Insane asylums in Bengal annual reports 1867-1875 - 1867-1875
Year: 1867
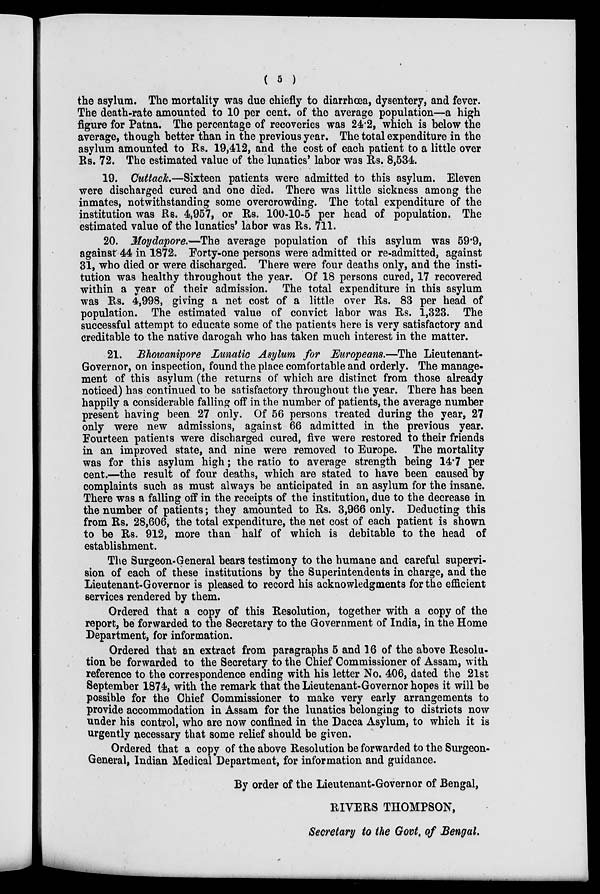
( 5 )
the asylum. The mortality was due chiefly to diarrhœa, dysentery, and fever.
The death-rate amounted to 10 per cent. of the average population—a high
figure for Patna. The percentage of recoveries was 24.2, which is below the
average, though better than in the previous year. The total expenditure in the
asylum amounted to Rs. 19,412, and the cost of each patient to a little over
Rs. 72. The estimated value of the lunatics' labor was Rs. 8,534
19. Cuttack.—Sixteen patients were admitted to this asylum. Eleven
were discharged cured and one died. There was little sickness among the
inmates, notwithstanding some overcrowding. The total expenditure of the
institution was Rs. 4,957, or Rs. 100-10-5 per head of population. The
estimated value of the lunatics' labor was Rs. 711.
20. Moydapore.—The average population of this asylum was 59.9,
against 44 in 1872. Forty-one persons were admitted or re-admitted, against
31, who died or were discharged. There were four deaths only, and the insti-
tution was healthy throughout the year. Of 18 persons cured, 17 recovered
within a year of their admission. The total expenditure in this asylum
was Rs. 4,998, giving a net cost of a little over Rs. 83 per head of
population. The estimated value of convict labor was Rs. 1,323. The
successful attempt to educate some of the patients here is very satisfactory and
creditable to the native darogah who has taken much interest in the matter.
21.
Bhwanipore Lunatic Asylum for Europeans.—The Lieutenant-
Governor, on inspection, found the place comfortable and orderly. The manage-
ment of this asylum (the returns of which are distinct from those already
noticed) has continued to be satisfactory throughout the year. There has been
happily a considerable falling off in the number of patients, the average number
present having been 27 only. Of 56 persons treated during the year, 27
only were new admissions, against 66 admitted in the previous year.
Fourteen patients were discharged cured, five were restored to their friends
in an improved state, and nine were removed to Europe. The mortality
was for this asylum high; the ratio to average strength being 14.7 per
cent.—the result of four deaths, which are stated to have been caused by
complaints such as must always be anticipated in an asylum for the insane.
There was a falling off in the receipts of the institution, due to the decrease in
the number of patients; they amounted to Rs. 3,966 only. Deducting this
from Rs. 28,606, the total expenditure, the net cost of each patient is shown
to be Rs. 912, more than half of which is debitable to the head of
establishment.
The Surgeon-General bears testimony to the humane and careful supervi-
sion of each of these institutions by the Superintendents in charge, and the
Lieutenant-Governor is pleased to record his acknowledgments for the efficient
services rendered by them.
Ordered that a copy of this Resolution, together with a copy of the
report, be forwarded to the Secretary to the Government of India, in the Home
Department, for information.
Ordered that an extract from paragraphs 5 and 16 of the above Resolu-
tion be forwarded to the Secretary to the Chief Commissioner of Assam, with
reference to the correspondence ending with his letter No. 406, dated the 21st
September 1874, with the remark that the Lieutenant-Governor hopes it will be
possible for the Chief Commissioner to make very early arrangements to
provide accommodation in Assam for the lunatics belonging to districts now
under his control, who are now confined in the Dacca Asylum, to which it is
urgently necessary that some relief should be given.
Ordered that a copy of the above Resolution be forwarded to the Surgeon-
General, Indian Medical Department, for information and guidance.
By order of the Lieutenant-Governor of Bengal,
RIVERS THOMPSON,
Secretary to the Govt. of Bengal.